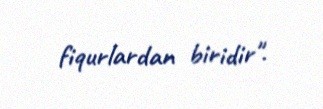
fiqurlardan biridir".